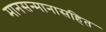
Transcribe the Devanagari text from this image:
मानसन्मानासहित